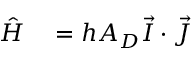
\begin{array} { r l } { \hat { H } } & { { } = h A _ { D } \vec { I } \cdot \vec { J } } \end{array}